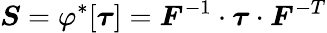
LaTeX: {\boldsymbol{S}}=\varphi^{*}[{\boldsymbol{\tau}}]={\boldsymbol{F}}^{-1}\cdot{\boldsymbol{\tau}}\cdot{\boldsymbol{F}}^{-T}